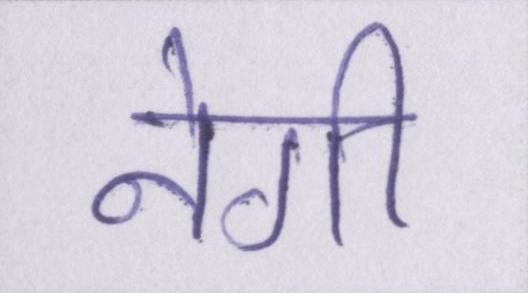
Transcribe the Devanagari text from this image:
नेगी